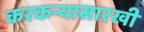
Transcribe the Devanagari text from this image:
करकऱ्यासारखी